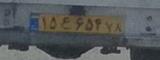
۱۵ع۶۵۴۷۸